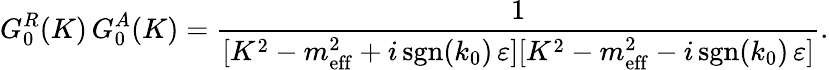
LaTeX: G_{0}^{R}(K)\, G_{0}^{A}(K)=\frac{1}{[K^{2}-m_{\mathrm{eff}}^{2}+i\, \textrm{sgn}(k_{0})\, \varepsilon][K^{2}-m_{\mathrm{eff}}^{2}-i\, \textrm{sgn}(k_{0})\, \varepsilon]}.